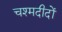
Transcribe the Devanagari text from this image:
चश्मदीदों